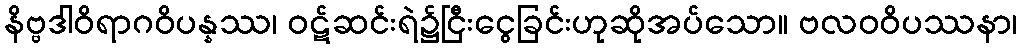
နိဗ္ဗဒါဝိရာဂဝိပန္နဿ၊ ဝဋ်ဆင်းရဲ၌ငြီးငွေခြင်းဟုဆိုအပ်သော။ ဗလဝဝိပဿနာ၊